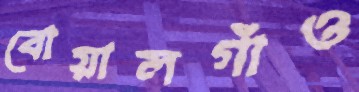
বোয়ালগাঁও